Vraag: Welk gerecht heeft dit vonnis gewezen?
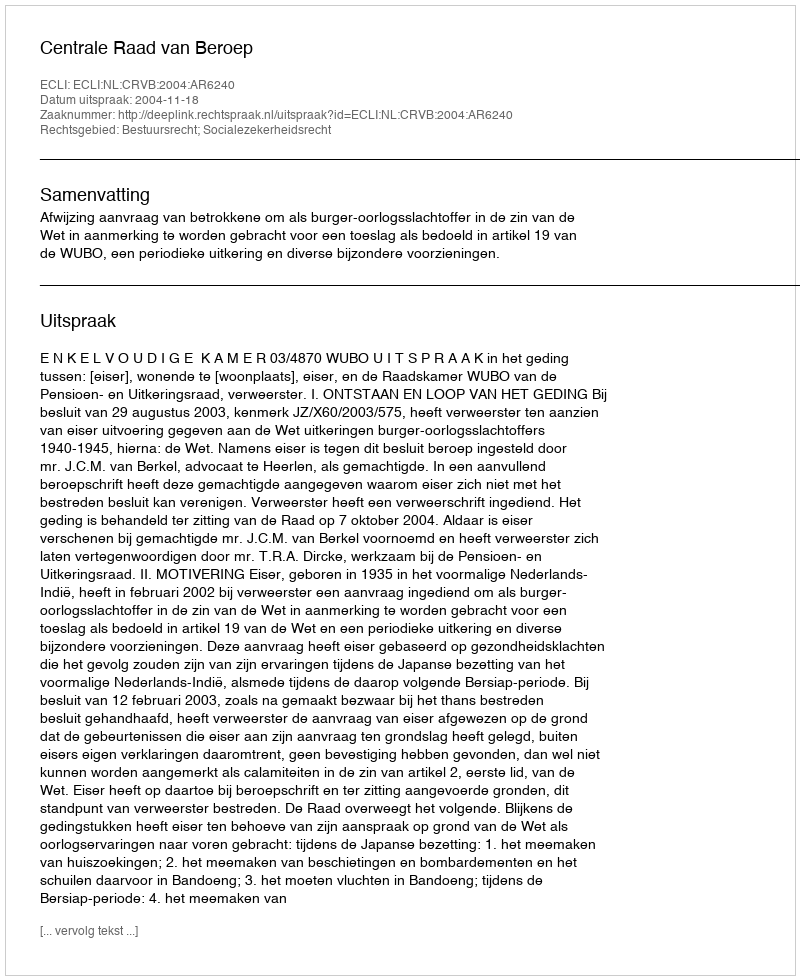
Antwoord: Centrale Raad van Beroep